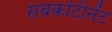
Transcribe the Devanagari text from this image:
सबकांटीनेंट